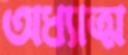
অধ্যাত্ম